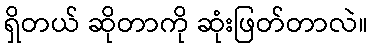
ရှိတယ် ဆိုတာကို ဆုံးဖြတ်တာလဲ။